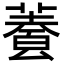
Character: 𩛬